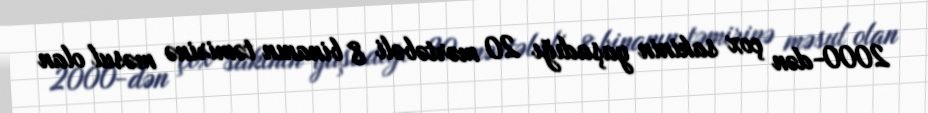
2000-dən çox sakinin yaşadığı 20 mərtəbəli 8 binanın təmirinə məsul olan